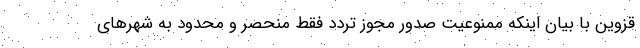
قزوین با بیان اینکه ممنوعیت صدور مجوز تردد فقط منحصر و محدود به شهرهای